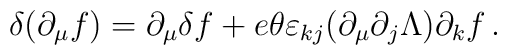
\delta(\partial_\mu f) = \partial_\mu \delta f + e\theta\varepsilon_{kj}(\partial_\mu \partial_j \Lambda )\partial_k f \, .